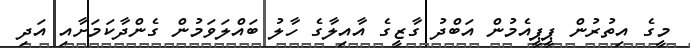
މީގެ އިތުުރުން ޕީޕީއެމުން އަބްދު ގާޒީގެ އާއިލާގެ ހާލު ބައްލަވަމުން ގެންދާކަމަށާއި އަދި